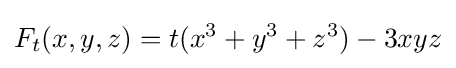
F_{t}(x,y,z)=t(x^{3}+y^{3}+z^{3})-3xyz